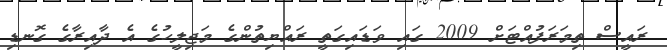
ރައީސް ތިމަރަފުއްޓަށް 2009 ގައި ވަޑައިގަތީ ރައްޔިތުންގެ މަޖިލީހުގެ އެ ދާއިރާގެ ގޮނޑި